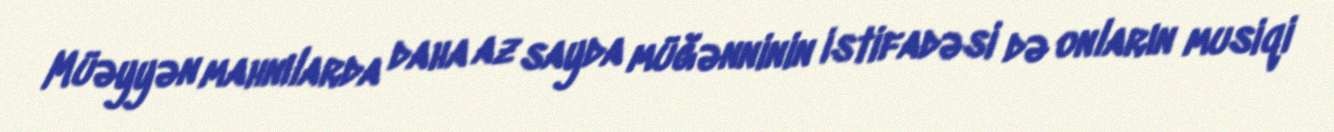
Müəyyən mahnılarda daha az sayda müğənninin istifadəsi də onların musiqi